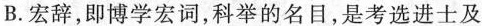
B.宏辞，即博学宏词，科举的名目，是考选进士及